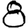
Digit: 8